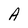
Character: A